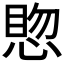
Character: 𪬊